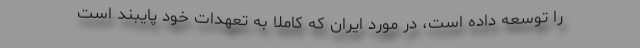
را توسعه داده است، در مورد ایران که کاملا به تعهدات خود پایبند است